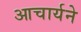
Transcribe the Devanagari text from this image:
आचार्यने